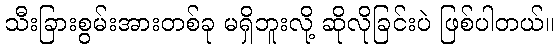
သီးခြားစွမ်းအားတစ်ခု မရှိဘူးလို့ ဆိုလိုခြင်းပဲ ဖြစ်ပါတယ်။